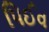
પિઈવ